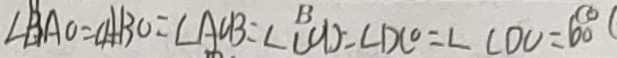
\angle B A O = \angle A B O = \angle A C B = \angle C O D = \angle D C O = \angle C D O = 6 0 ^ { \circ }